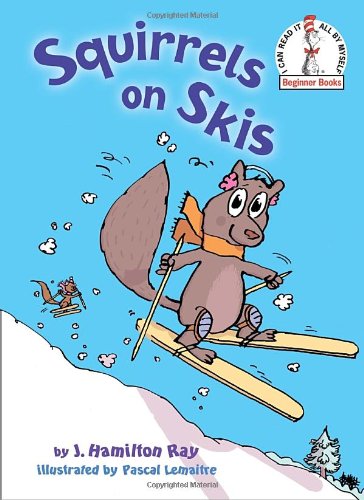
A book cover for Squirrels on Skis (Beginner Books(R)); J. Hamilton Ray; Children's Books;